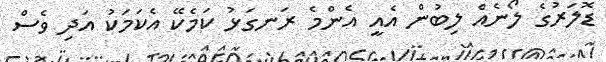
ޑޮލަރުގެ ލޯނެއް ލިބުން އެއީ އެންމެ ރަނގަޅު ކަމެކޭ އެކަމަކު އަދި ވެސް